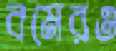
বমেরও